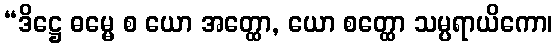
“ဒိဋ္ဌေ ဓမ္မေ စ ယော အတ္ထော, ယော စတ္ထော သမ္ပရာယိကော၊